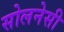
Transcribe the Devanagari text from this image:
सोलनेसी